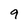
Character: 9